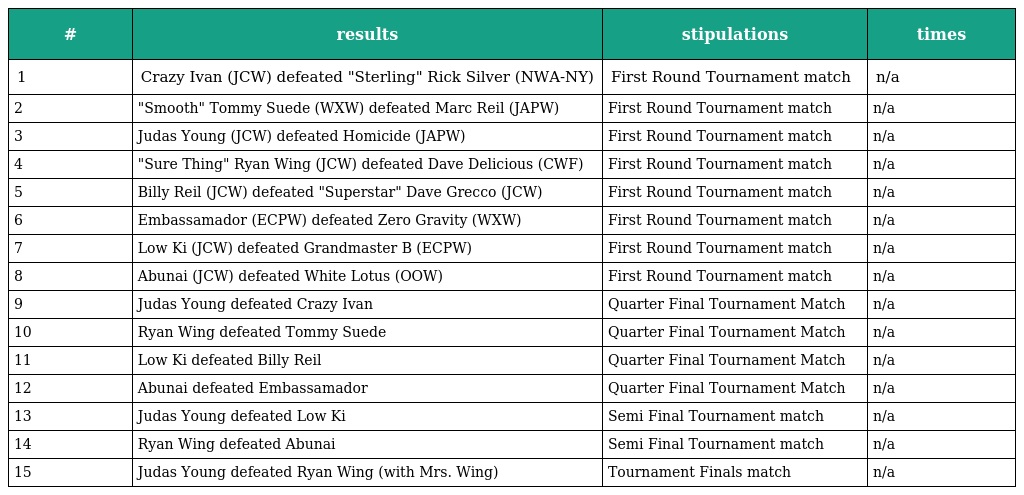
| # | results | stipulations | times |
 | --- | --- | --- | --- |
 | 1 | Crazy Ivan (JCW) defeated "Sterling" Rick Silver (NWA-NY) | First Round Tournament match | n/a |
 | 2 | "Smooth" Tommy Suede (WXW) defeated Marc Reil (JAPW) | First Round Tournament match | n/a |
 | 3 | Judas Young (JCW) defeated Homicide (JAPW) | First Round Tournament match | n/a |
 | 4 | "Sure Thing" Ryan Wing (JCW) defeated Dave Delicious (CWF) | First Round Tournament match | n/a |
 | 5 | Billy Reil (JCW) defeated "Superstar" Dave Grecco (JCW) | First Round Tournament match | n/a |
 | 6 | Embassamador (ECPW) defeated Zero Gravity (WXW) | First Round Tournament match | n/a |
 | 7 | Low Ki (JCW) defeated Grandmaster B (ECPW) | First Round Tournament match | n/a |
 | 8 | Abunai (JCW) defeated White Lotus (OOW) | First Round Tournament match | n/a |
 | 9 | Judas Young defeated Crazy Ivan | Quarter Final Tournament Match | n/a |
 | 10 | Ryan Wing defeated Tommy Suede | Quarter Final Tournament Match | n/a |
 | 11 | Low Ki defeated Billy Reil | Quarter Final Tournament Match | n/a |
 | 12 | Abunai defeated Embassamador | Quarter Final Tournament Match | n/a |
 | 13 | Judas Young defeated Low Ki | Semi Final Tournament match | n/a |
 | 14 | Ryan Wing defeated Abunai | Semi Final Tournament match | n/a |
 | 15 | Judas Young defeated Ryan Wing (with Mrs. Wing) | Tournament Finals match | n/a |